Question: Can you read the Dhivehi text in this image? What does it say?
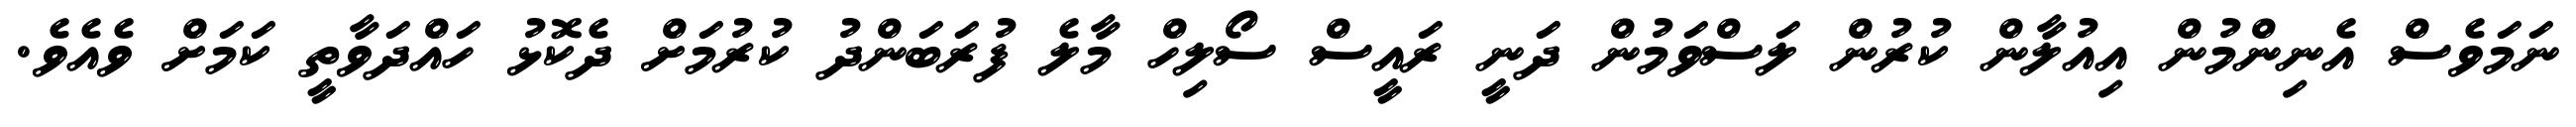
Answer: ނަމަވެސް އެނިންމުން އިއުލާން ކުރުން ލަސްވަމުން ދަނީ ރައީސް ސޯލިހް މާލެ ފުރަބަންދު ކުރުމަށް ދެކޮޅު ހައްދަވާތީ ކަމަށް ވެއެވެ.